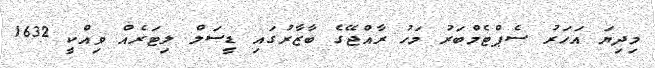
މިދިޔަ އަހަރު ސެޕްޓެމްބަރު މަހު ރާއްޖޭގެ ބާޒާރުގައި ޑީސަލް ލިޓަރެއް ވިއްކީ 1632